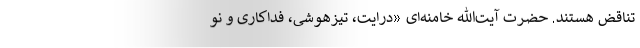
تناقض هستند. حضرت آیت‌الله خامنه‌ای «درایت، تیزهوشی، فداکاری و نو